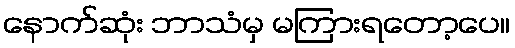
နောက်ဆုံး ဘာသံမှ မကြားရတော့ပေ။